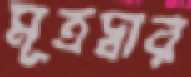
মূত্রদ্বার